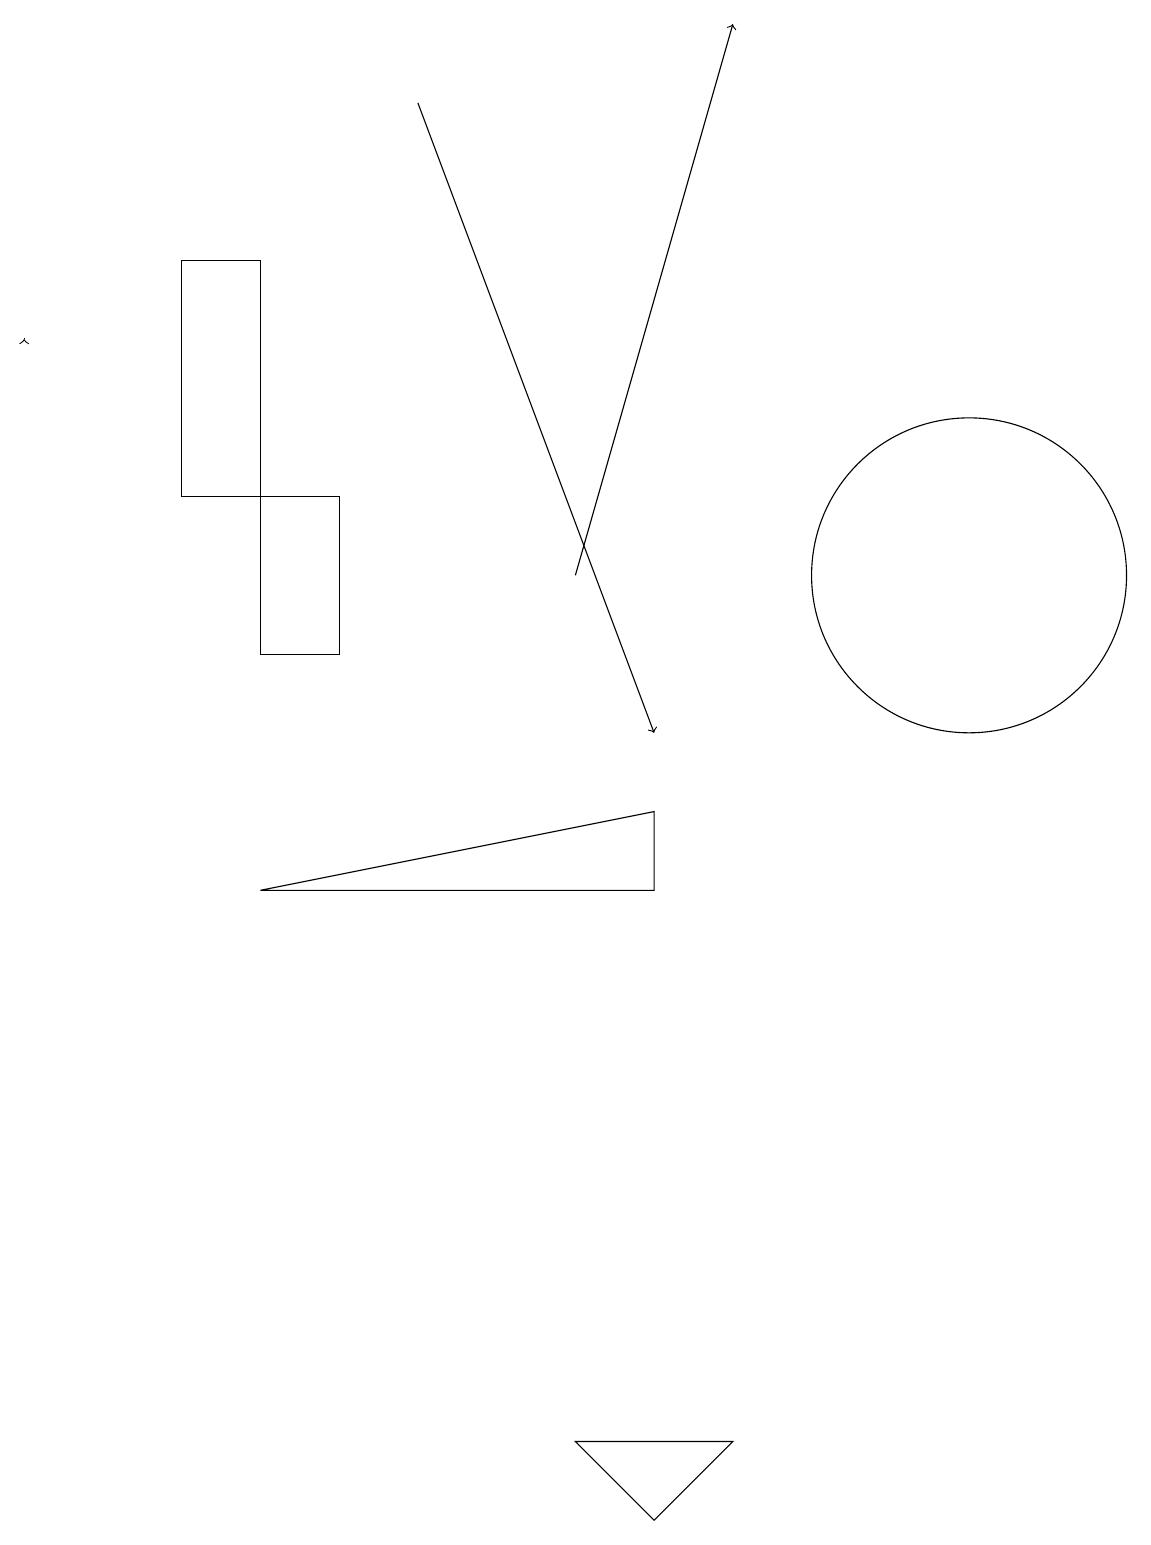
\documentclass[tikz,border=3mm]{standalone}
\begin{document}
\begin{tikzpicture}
\draw (3,8) -- (8,9) -- (8,8) -- cycle;
\draw[->] (0,15) -- (0,15);
\draw (9,1) -- (8,0) -- (7,1) -- cycle;
\draw (12,12) circle (2);
\draw (3,11) rectangle (4,13);
\draw[->] (5,18) -- (8,10);
\draw[->] (7,12) -- (9,19);
\draw (3,13) rectangle (2,16);
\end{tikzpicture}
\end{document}